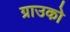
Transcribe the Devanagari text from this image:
ग्राउको